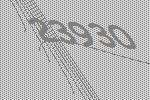
23930